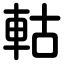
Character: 軲